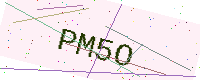
Text: PM5O